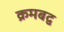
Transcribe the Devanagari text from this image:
क्रमबद्व